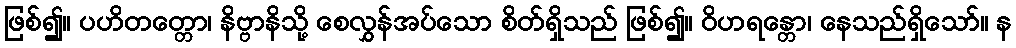
ဖြစ်၍။ ပဟိတတ္တော၊ နိဗ္ဗာနိသို့ စေလွှန်အပ်သော စိတ်ရှိသည် ဖြစ်၍။ ဝိဟရန္တော၊ နေသည်ရှိသော်။ န